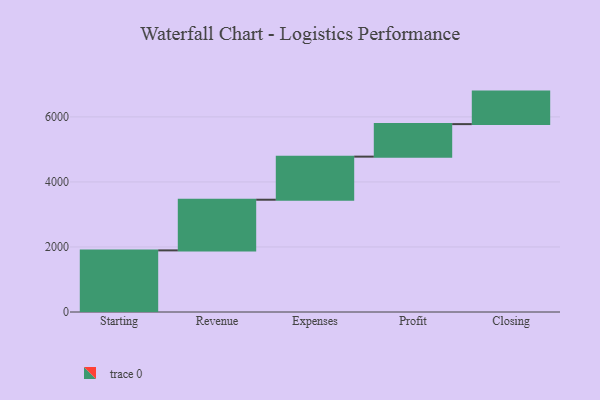
{"axis": {"x": "Step", "y": "Value"}, "legend": [""], "data": [{"x": "Starting", "y": 1895.0, "type": ""}, {"x": "Revenue", "y": 1558.0, "type": ""}, {"x": "Expenses", "y": 1325.0, "type": ""}, {"x": "Profit", "y": 1000, "type": ""}, {"x": "Closing", "y": 1000, "type": ""}]}